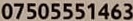
07505551463